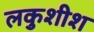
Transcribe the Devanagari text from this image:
लकुशीश